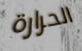
الحرارة